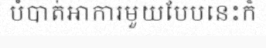
បំបាត់អាការមួយបែបនេះក៏